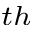
^ { t h }